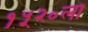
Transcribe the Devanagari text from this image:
१५२०ला